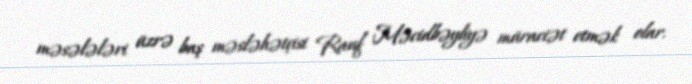
məsələləri üzrə baş məsləhətçisi Rauf Məcidbəyliyə müraciət etmək olar.